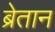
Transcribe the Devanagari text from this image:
ब्रेतान